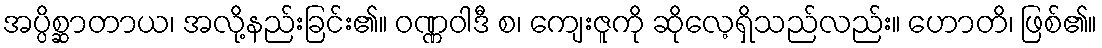
အပ္ပိစ္ဆာတာယ၊ အလို့နည်းခြင်း၏။ ဝဏ္ဏဝါဒီ စ၊ ကျေးဇူကို ဆိုလေ့ရှိသည်လည်း။ ဟောတိ၊ ဖြစ်၏။